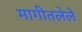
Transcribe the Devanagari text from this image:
मागीतलेले